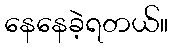
နေနေခဲ့ရတယ်။